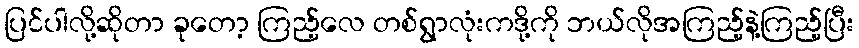
ပြင်ပါလို့ဆိုတာ ခုတော့ ကြည့်လေ တစ်ရွာလုံးကဒို့ကို ဘယ်လိုအကြည့်နဲ့ကြည့်ပြီး